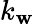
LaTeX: k_{\mathbf{w}}